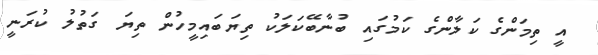
އީ ތިމަންގެ ކަލާންގެ ކަމުގައި ބުނާބޭކަލަކު ތިޔަބައިމީހުން ތިޔަ ގަތުލު ކުރަނީ